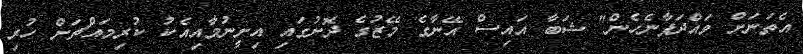
އެތަނަށް ވައްދަފާނެހެން" ޝަބާ އައިސް އޭނާގެ މޭޒުގެ ދޮށުގައި އިށީނުމާއިއެކު ކުރިމައްޗަށް ހުރި